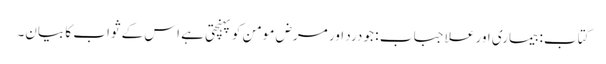
کتاب: بیماری اور علاجباب : جو درد اور مرض مومن کو پہنچتی ہے اس کے ثواب کا بیان۔